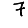
Digit: 7